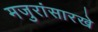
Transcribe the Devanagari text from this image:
मजुरांसारखे